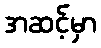
အဆင့်မှာ